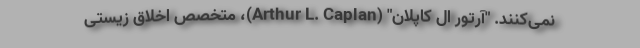
نمی‌کنند. "آرتور ال کاپلان" (Arthur L. Caplan)، متخصص اخلاق زیستی